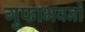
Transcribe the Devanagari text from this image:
गुफाभवनों